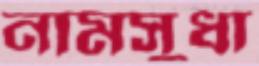
নামসুধা